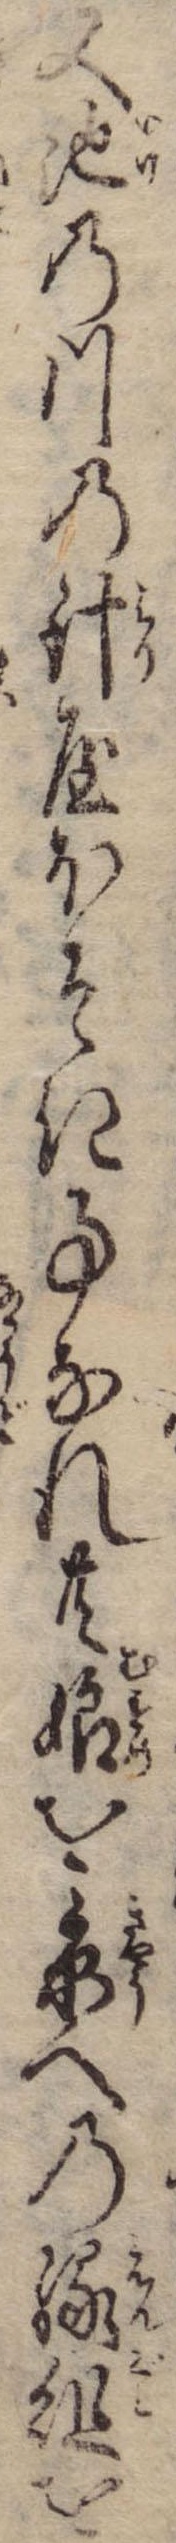
又池の川の針屋ほそき事なれ共娘を京への縁組を